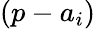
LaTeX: \left(p-{{a}_{i}}\right)